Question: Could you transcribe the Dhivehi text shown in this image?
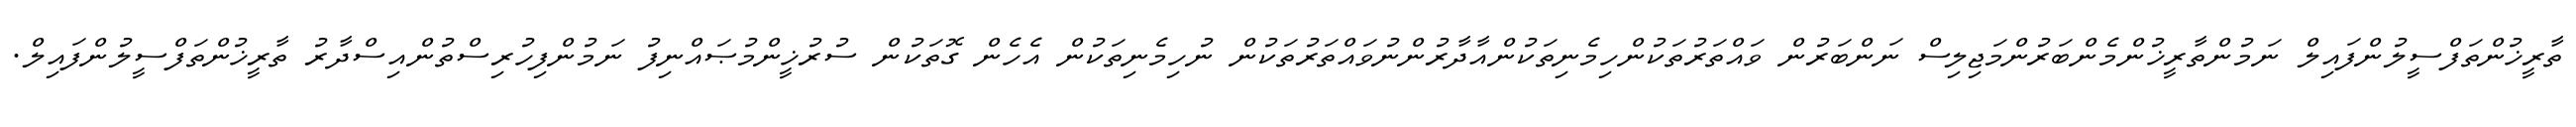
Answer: ތާރީޚުންތަފްސީލުންފައިލް ނަމުންތާރީޚުންމެންބަރުންމަޖިލިސް ނަންބަރުން ވައްތަރުތަކުންހިމެނިތަކުންއާދާރުންނުވައްތަރުތަކުން ނުހިމެނިތަކުން އެހެން ގޮތަކުން ސުރުޚީންމުޞައްނިފު ނަމުންފިހުރިސްތުންއިސްދާރު ތާރީޚުންތަފްސީލުންފައިލް.